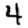
Digit: 4